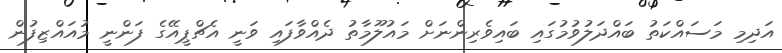
އަދިމި މަސައްކަތު ބައްދަލުވުމުގައި ބައިވެރިންނަށް މައުލޫމާތު ދެއްވާފައި ވަނީ އެޗްޕީއޭގެ ފަންނީ މުއައްޒިފުން